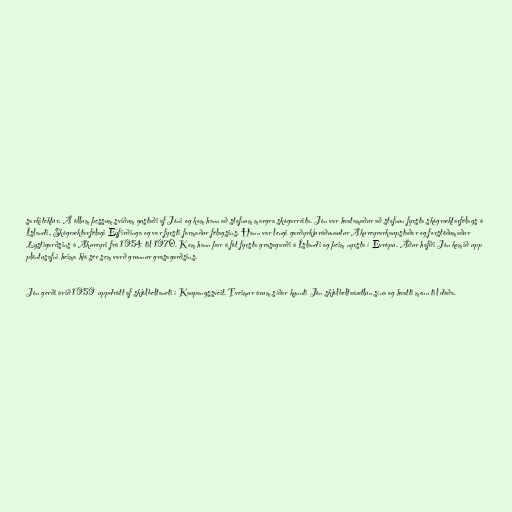
sarkitektúr. Á öllum þessum sviðum gustaði af Jóni og kom hann að stofnum margra skógarreita. Jón var hvatamaður að stofnun fyrsta skógræktarfélags á
Íslandi, Skógræktarfélagi Eyfirðinga og var fyrsti formaður félagsins. Hann var lengi garðyrkjuráðunautur Akureyrarkaupstaðar og forstöðumaður
Lystigarðsins á Akureyri frá 1954 til 1970. Kom hann þar á fót fyrsta grasagarði á Íslandi og þeim nyrsta í Evrópu. Áður hafði Jón komið upp
plöntusafni heima hjá sér sem varð grunnur grasagarðsins.

Jón gerði árið 1959 uppdrátt af skjólbeltaneti í Kaupangssveit. Tveimur árum síðar kynnti Jón skjólbeltaáætlun sína og hvatti menn til dáða.